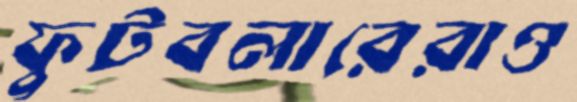
ফুটবলারেরাও